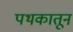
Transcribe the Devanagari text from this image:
पथकातून